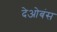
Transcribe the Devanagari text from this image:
देओबंस